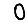
Digit: 0